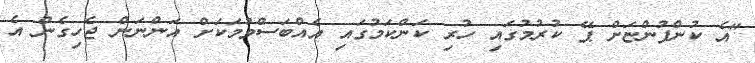
"އެ ކުންފުންޏަށް ޕޭ ކުރުމުގައި ހުރި ކަންކަމުގައި އެއްބަސްވުމަކަށް އަންނަން ޖެހިގެން އެ